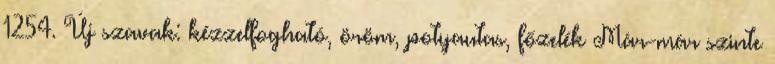
1254. Új szavak: kézzelfogható, öröm, potyautas, főzelék Már-már szinte